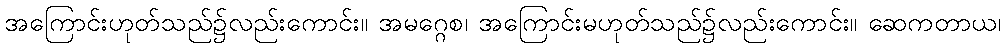
အကြောင်းဟုတ်သည်၌လည်းကောင်း။ အမဂ္ဂေစ၊ အကြောင်းမဟုတ်သည်၌လည်းကောင်း။ ဆေကတာယ၊